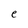
Character: e